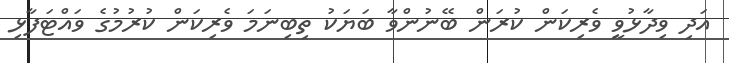
އަދި ވިދާޅުވީ ވެރިކަން ކުރަން ބޭނުންވާ ބަޔަކު ތިބިނަމަ ވެރިކަން ކުރުމުގެ ވައްޓަފާޅި